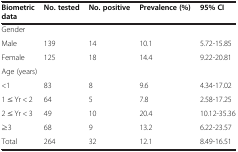
<table><thead><tr><td><b>Biometric data</b></td><td><b>No. tested</b></td><td><b>No. positive</b></td><td><b>Prevalence (%)</b></td><td><b>95% CI</b></td></tr></thead><tbody><tr><td colspan="5">Gender</td></tr><tr><td>Male</td><td>139</td><td>14</td><td>10.1</td><td>5.72-15.85</td></tr><tr><td>Female</td><td>125</td><td>18</td><td>14.4</td><td>9.22-20.81</td></tr><tr><td colspan="5">Age (years)</td></tr><tr><td>&lt;1</td><td>83</td><td>8</td><td>9.6</td><td>4.34-17.02</td></tr><tr><td>1 ≤ Yr &lt; 2</td><td>64</td><td>5</td><td>7.8</td><td>2.58-17.25</td></tr><tr><td>2 ≤ Yr &lt; 3</td><td>49</td><td>10</td><td>20.4</td><td>10.12-35.36</td></tr><tr><td>≥3</td><td>68</td><td>9</td><td>13.2</td><td>6.22-23.57</td></tr><tr><td>Total</td><td>264</td><td>32</td><td>12.1</td><td>8.49-16.51</td></tr></tbody></table>